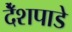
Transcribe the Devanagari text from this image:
देँशपाडे